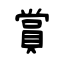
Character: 賞